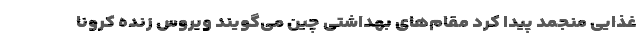
غذایی منجمد پیدا کرد مقام‌های بهداشتی چین می‌گویند ویروس زنده کرونا